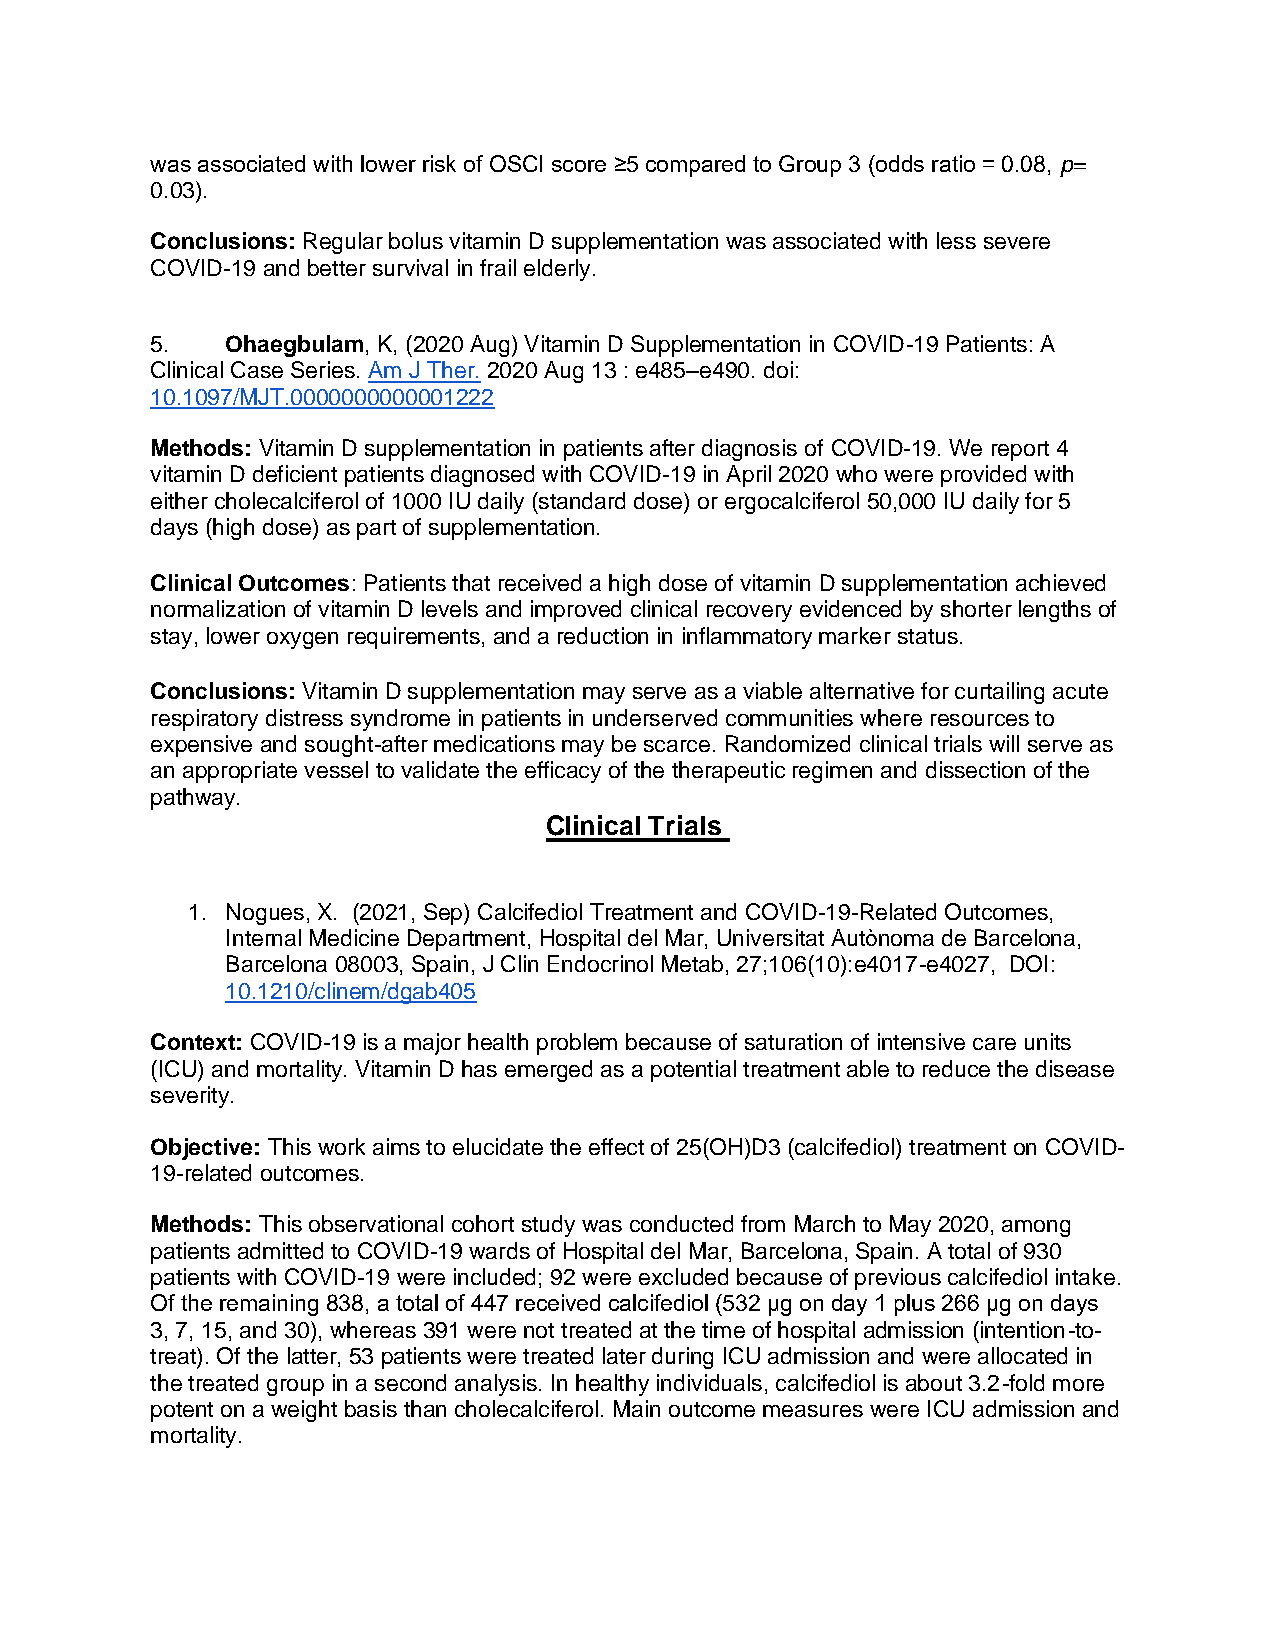
was associated with lower risk of OSCI score ≥5 compared to Group 3 (odds ratio = 0.08, p=
 0.03).
 Conclusions: Regular bolus vitamin D supplementation was associated with less severe
 COVID-19 and better survival in frail elderly.
 5.   Ohaegbulam, K, (2020 Aug) Vitamin D Supplementation in COVID-19 Patients: A
 Clinical Case Series. Am J Ther. 2020 Aug 13 : e485–e490. doi:
 10.1097/MJT.0000000000001222
 Methods: Vitamin D supplementation in patients after diagnosis of COVID-19. We report 4
 vitamin D deficient patients diagnosed with COVID-19 in April 2020 who were provided with
 either cholecalciferol of 1000 IU daily (standard dose) or ergocalciferol 50,000 IU daily for 5
 days (high dose) as part of supplementation.
 Clinical Outcomes: Patients that received a high dose of vitamin D supplementation achieved
 normalization of vitamin D levels and improved clinical recovery evidenced by shorter lengths of
 stay, lower oxygen requirements, and a reduction in inflammatory marker status.
 Conclusions: Vitamin D supplementation may serve as a viable alternative for curtailing acute
 respiratory distress syndrome in patients in underserved communities where resources to
 expensive and sought-after medications may be scarce. Randomized clinical trials will serve as
 an appropriate vessel to validate the efficacy of the therapeutic regimen and dissection of the
 pathway.
 Clinical Trials
 1. Nogues, X. (2021, Sep) Calcifediol Treatment and COVID-19-Related Outcomes,
 Internal Medicine Department, Hospital del Mar, Universitat Autònoma de Barcelona,
 Barcelona 08003, Spain, J Clin Endocrinol Metab, 27;106(10):e4017-e4027, DOI:
 10.1210/clinem/dgab405
 Context: COVID-19 is a major health problem because of saturation of intensive care units
 (ICU) and mortality. Vitamin D has emerged as a potential treatment able to reduce the disease
 severity.
 Objective: This work aims to elucidate the effect of 25(OH)D3 (calcifediol) treatment on COVID-
 19-related outcomes.
 Methods: This observational cohort study was conducted from March to May 2020, among
 patients admitted to COVID-19 wards of Hospital del Mar, Barcelona, Spain. A total of 930
 patients with COVID-19 were included; 92 were excluded because of previous calcifediol intake.
 Of the remaining 838, a total of 447 received calcifediol (532 μg on day 1 plus 266 μg on days
 3, 7, 15, and 30), whereas 391 were not treated at the time of hospital admission (intention-to-
 treat). Of the latter, 53 patients were treated later during ICU admission and were allocated in
 the treated group in a second analysis. In healthy individuals, calcifediol is about 3.2-fold more
 potent on a weight basis than cholecalciferol. Main outcome measures were ICU admission and
 mortality.